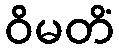
ဝိမတိံ